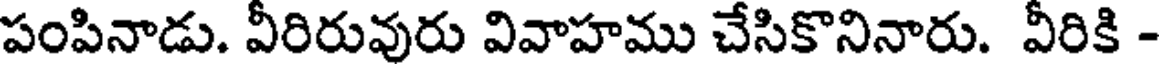
పంపినాడు. వీరిరువురు వివాహము చేసికొనినారు. వీరికి -